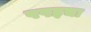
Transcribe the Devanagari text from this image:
पपइचा